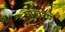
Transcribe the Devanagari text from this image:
पोखरणे